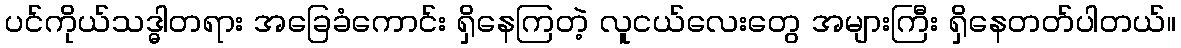
ပင်ကိုယ်သဒ္ဓါတရား အခြေခံကောင်း ရှိနေကြတဲ့ လူငယ်လေးတွေ အများကြီး ရှိနေတတ်ပါတယ်။